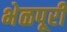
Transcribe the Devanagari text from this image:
भेळपूरी